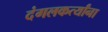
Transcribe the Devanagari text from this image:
दंगलकर्त्यांना